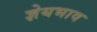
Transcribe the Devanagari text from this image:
ज्ञेयभाव